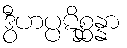
ဒွီဟပ္ပဋိစ္ဆန္နာ